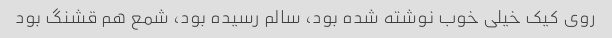
روی کیک خیلی خوب نوشته شده بود، سالم رسیده بود، شمع هم قشنگ بود